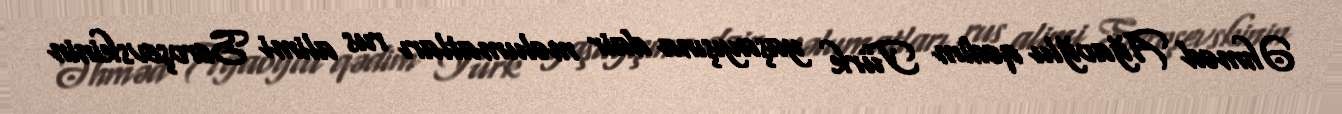
Əhməd Ağaoğlu qədim Türk yaşayışına dair məlumatları rus alimi Seroşevskinin